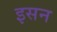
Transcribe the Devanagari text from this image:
इसन